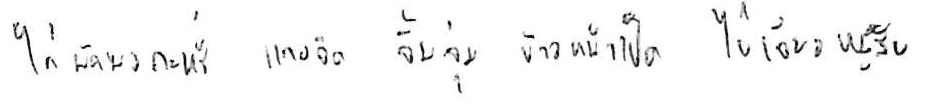
ไก่ผัดผงกะหรี่ แกงจืด จิ้มจุ่ม ข้าวหน้าเป็ด ไข่เจียวหมูสับ